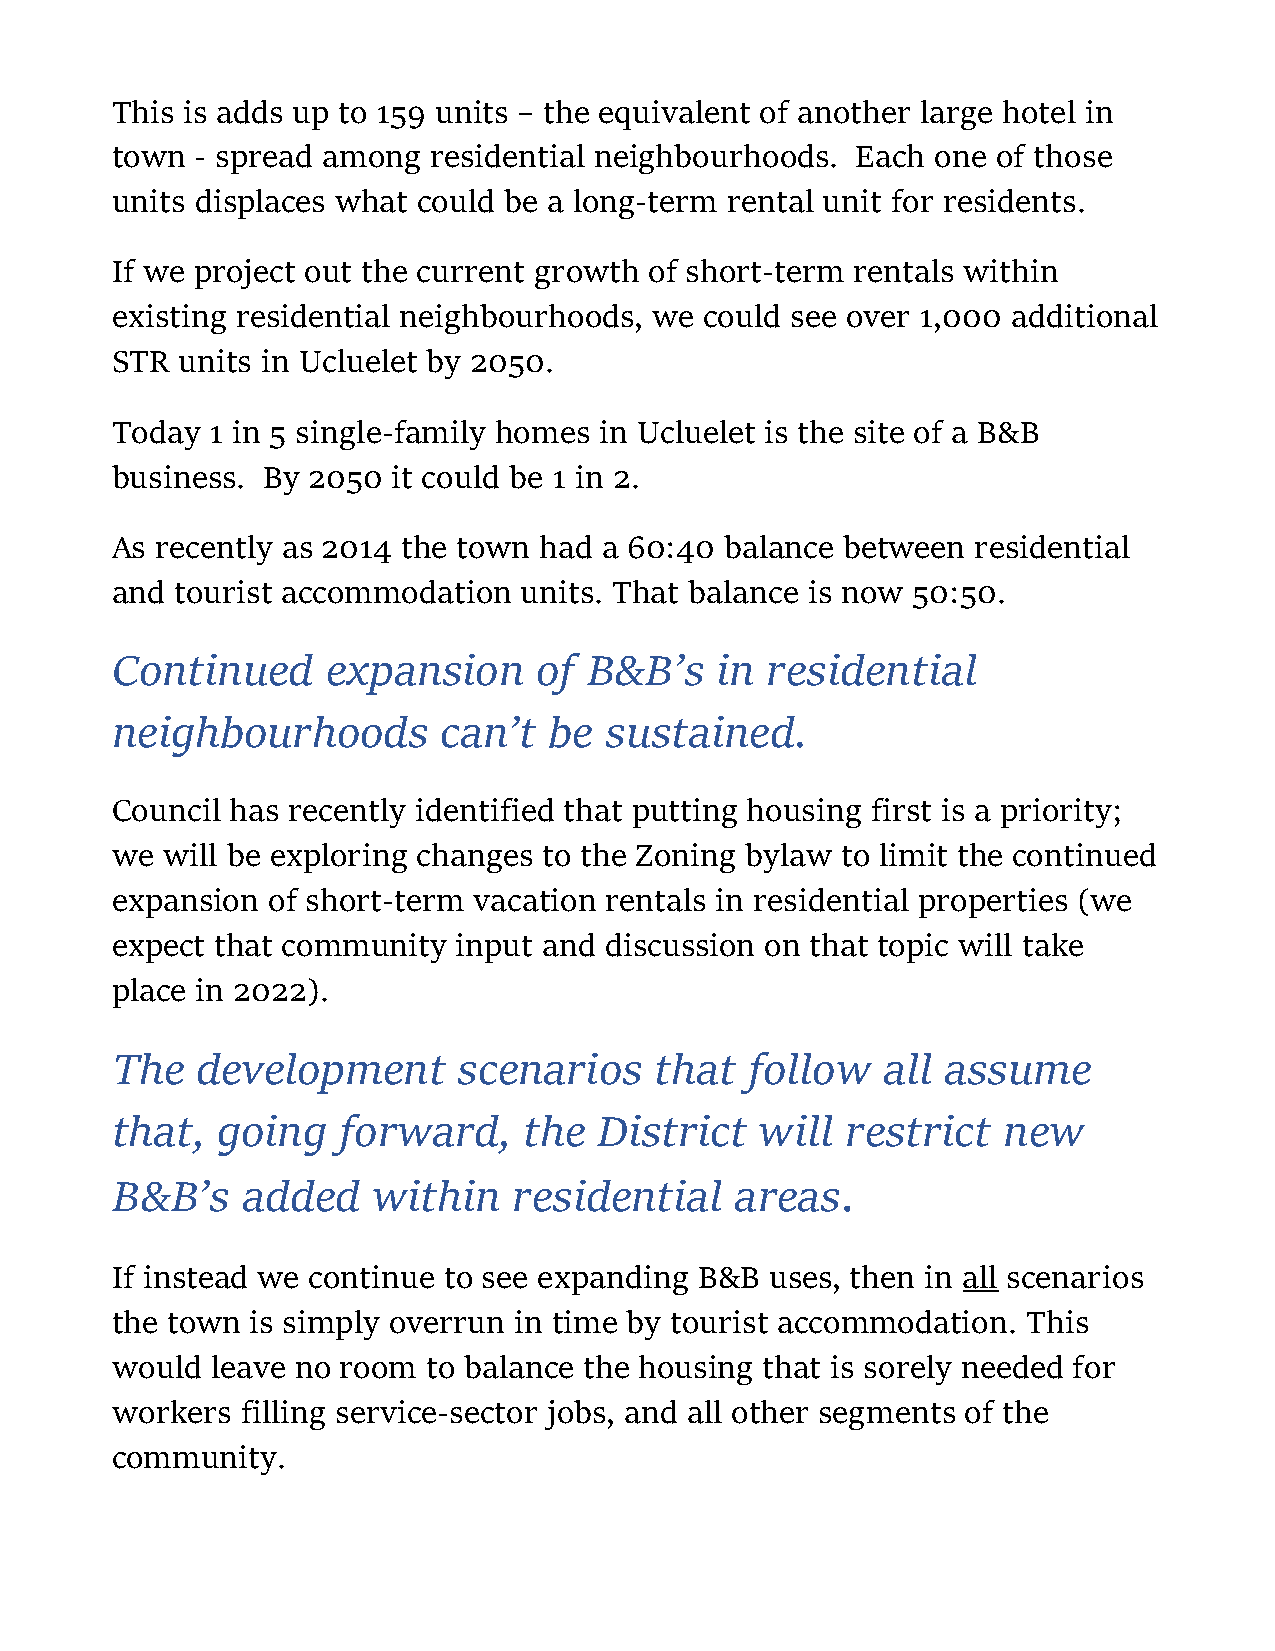
This is adds up to 159 units – the equivalent of another large hotel in
 town  - spread among residential neighbourhoods.  Each one of those
 units displaces what could be a long-term rental unit for residents.
 If we project out the current growth of short-term rentals within
 existing residential neighbourhoods, we could see over 1,000 additional
 STR  units in Ucluelet by 2050.
 Today  1 in 5 single-family homes in Ucluelet is the site of a B&B
 business. By 2050  it could be 1 in 2.
 As recently as 2014 the town had a 60:40 balance between  residential
 and  tourist accommodation  units. That balance is now 50:50.
 Continued      expansion    of  B&B’s   in  residential
 neighbourhoods        can’t  be  sustained.
 Council has recently identified that putting housing first is a priority;
 we  will be exploring changes to the Zoning bylaw to limit the continued
 expansion  of short-term vacation rentals in residential properties (we
 expect that community  input and discussion on that topic will take
 place in 2022).
 The   development      scenarios    that   follow  all  assume
 that,  going   forward,     the  District  will  restrict  new
 B&B’s    added    within   residential    areas.
 If instead we continue to see expanding B&B uses, then in all scenarios
 the town  is simply overrun in time by tourist accommodation. This
 would  leave no room to balance the housing that is sorely needed for
 workers  filling service-sector jobs, and all other segments of the
 community.